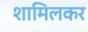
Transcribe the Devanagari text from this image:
शामिलकर